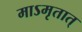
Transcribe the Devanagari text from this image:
माऽमृतात्‌